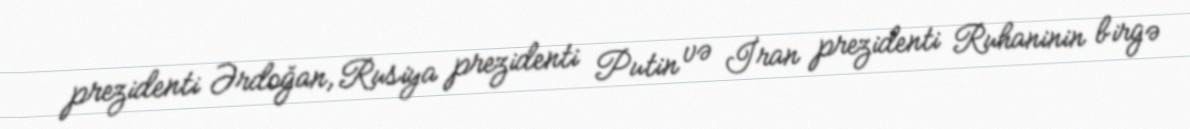
prezidenti Ərdoğan, Rusiya prezidenti Putin və İran prezidenti Ruhaninin birgə